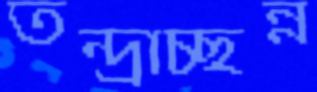
তন্দ্রাচ্ছন্ন